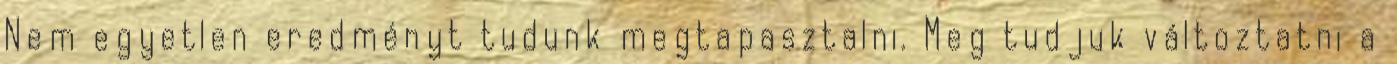
Nem egyetlen eredményt tudunk megtapasztalni. Meg tudjuk változtatni a